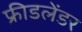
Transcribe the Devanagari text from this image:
फ्रीडलेंडर